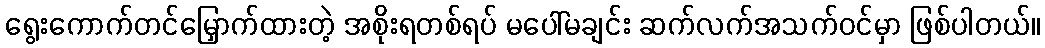
ရွေးကောက်တင်မြှောက်ထားတဲ့ အစိုးရတစ်ရပ် မပေါ်မချင်း ဆက်လက်အသက်ဝင်မှာ ဖြစ်ပါတယ်။